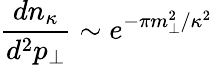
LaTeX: \frac{dn_{\kappa}}{d^{2}p_{\perp}}\sim e^{-\pi m_{\perp}^{2}/\kappa^{2}}